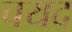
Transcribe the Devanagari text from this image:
चयद